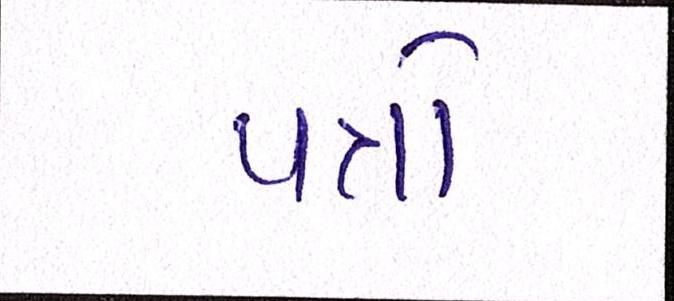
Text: પત્રો